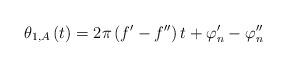
LaTeX: \begin{align*}{\theta _{1,A}}\left( t \right) = 2\pi \left( {f' - f''} \right)t + {\varphi '_n} - {\varphi ''_n}\end{align*}